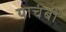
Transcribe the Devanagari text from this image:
याचंबी